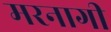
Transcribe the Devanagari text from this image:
मरनागी